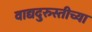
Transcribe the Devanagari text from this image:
वाद्यदुरुस्तीच्या